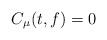
LaTeX: \begin{align*}C_\mu (t,f) =0 \end{align*}